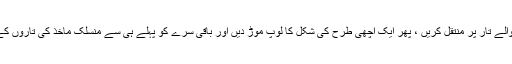
12. اب نئے تار کو دونوں طرف سے اوپر والے تار پر منتقل کریں ، پھر ایک اچھی طرح کی شکل کا لوپ موڑ دیں اور باقی سرے کو پہلے ہی سے منسلک ماخذ کی تاروں کے بیچ کی جگہ سے آگے کی طرف کھینچیں۔